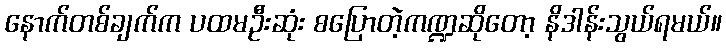
နောက်တစ်ချက်က ပထမဦးဆုံး စပြောတဲ့ကဏ္ဍဆိုတော့ နိဒါန်းသွယ်ရမယ်။